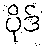
ပိုဒ်